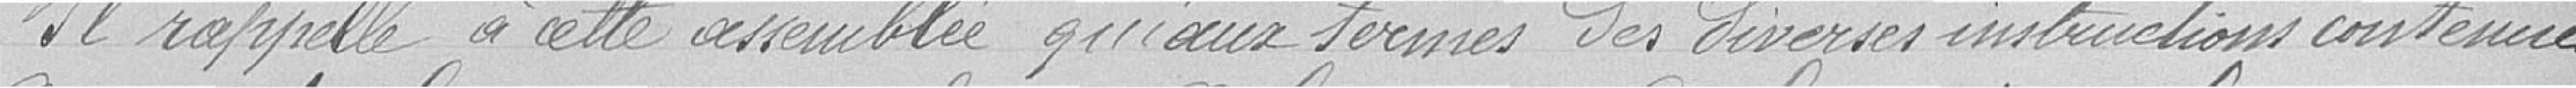
Il rappelle à cette assemblée qu'aux termes des diverses instructions contenues